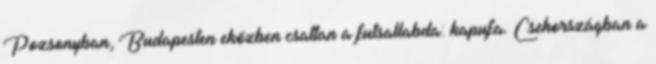
Pozsonyban, Budapesten eközben csattan a futsallabda: kapufa. Csehországban a